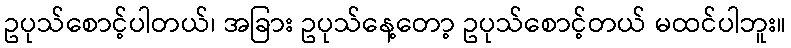
ဥပုသ်စောင့်ပါတယ်၊ အခြား ဥပုသ်နေ့တော့ ဥပုသ်စောင့်တယ် မထင်ပါဘူး။